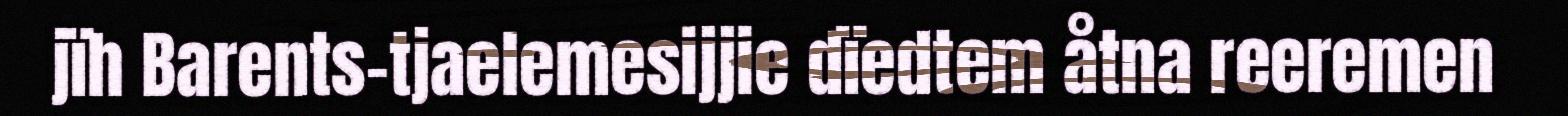
jïh Barents-tjaelemesijjie dïedtem åtna reeremen